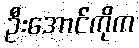
ဦးအောင်ကိုက